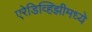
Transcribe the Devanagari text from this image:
एरेडिव्हिझीमध्ये